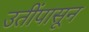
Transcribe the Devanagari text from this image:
उतींपासून